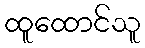
ထူထောင်သူ